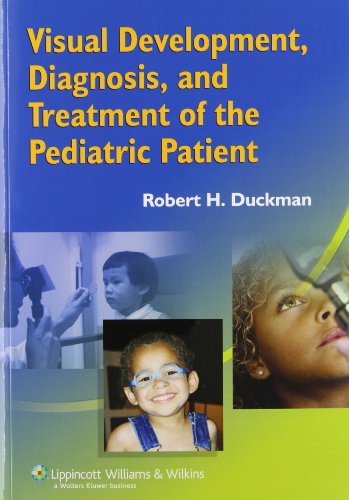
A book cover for Visual Development, Diagnosis, and Treatment of the Pediatric Patient; Medical Books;